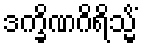
ဒက္ခိဏဂိရိသ္မိံ